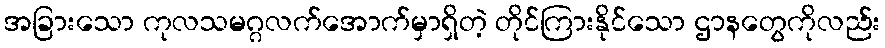
အခြားသော ကုလသမဂ္ဂလက်အောက်မှာရှိတဲ့ တိုင်ကြားနိုင်သော ဌာနတွေကိုလည်း